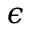
\epsilon